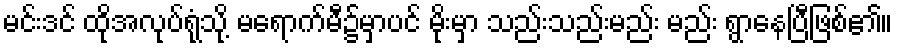
မင်းဒင် ထိုအလုပ်ရုံသို့ မရောက်မီ၌မှာပင် မိုးမှာ သည်းသည်းမည်း မည်း ရွာနေပြီဖြစ်၏။